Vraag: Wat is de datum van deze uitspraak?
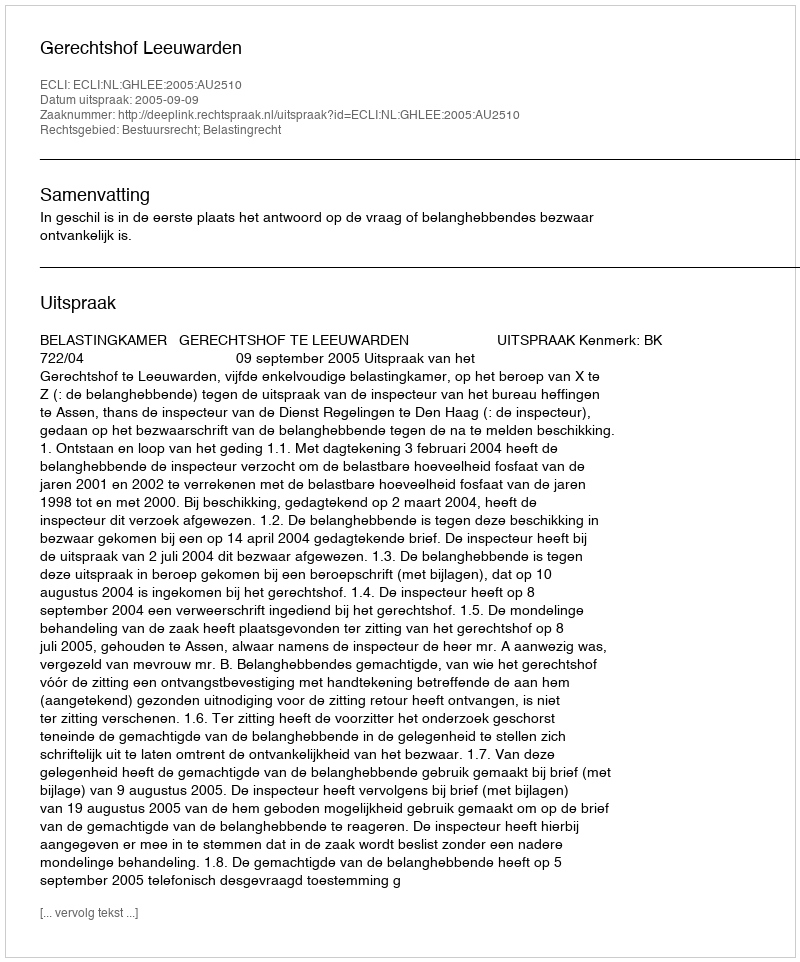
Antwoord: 2005-09-09